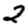
Digit: 2